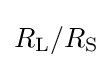
R_{\mathrm {L} }/R_{\mathrm {S} }